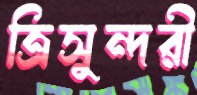
ত্রিসুন্দরী